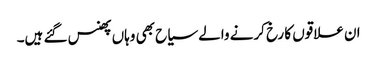
ان علاقوں کا رخ کرنے والے سیاح بھی وہاں پھنس گئے ہیں۔